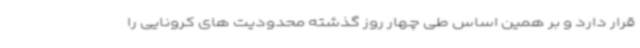
قرار دارد و بر همین اساس طی چهار روز گذشته محدودیت های کرونایی را